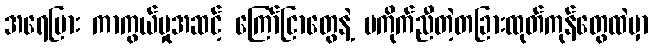
အရေပြား ကာကွယ်မှုအဆင့် ကြော်ငြာတွေနဲ့ မကိုက်ညီတဲ့တခြားထုတ်ကုန်တွေထဲမှာ